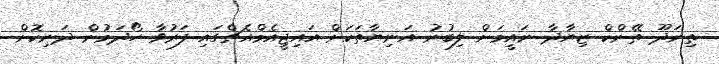
ތިނަދޫ ތޭންކް ޒިޔާދާ ނައީމަށް ލިބުނު އަނިޔާތަކަށް އައިޖީއެމްއެޗްގައި ފަރުވާ ހޯދަމުން ދަނިކޮށް